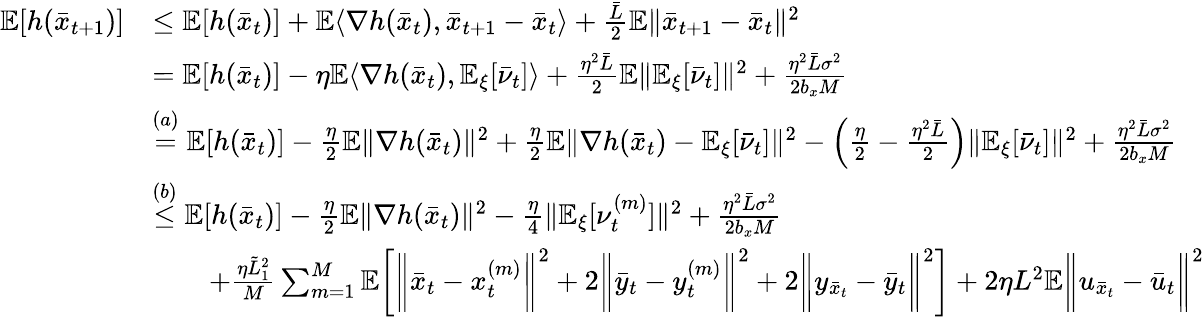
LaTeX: \begin{array}{rl}{\mathbb{E}[h(\bar{x}_{t+1})]}&{\leq\mathbb{E}[h(\bar{x}_{t})]+\mathbb{E}\langle\nabla h(\bar{x}_{t}),\bar{x}_{t+1}-\bar{x}_{t}\rangle+\frac{\bar{L}}{2}\mathbb{E}\| \bar{x}_{t+1}-\bar{x}_{t}\| ^{2}}\\ &{=\mathbb{E}[h(\bar{x}_{t})]-\eta\mathbb{E}\langle\nabla h(\bar{x}_{t}),\mathbb{E}_{\xi}[\bar{\nu}_{t}]\rangle+\frac{\eta^{2}\bar{L}}{2}\mathbb{E}\| \mathbb{E}_{\xi}[\bar{\nu}_{t}]\| ^{2}+\frac{\eta^{2}\bar{L}\sigma^{2}}{2b_{x}M}}\\ &{\overset{(a)}{=}\mathbb{E}[h(\bar{x}_{t})]-\frac{\eta}{2}\mathbb{E}\| \nabla h(\bar{x}_{t})\| ^{2}+\frac{\eta}{2}\mathbb{E}\| \nabla h(\bar{x}_{t})-\mathbb{E}_{\xi}[\bar{\nu}_{t}]\| ^{2}-\left(\frac{\eta}{2}-\frac{\eta^{2}\bar{L}}{2}\right)\| \mathbb{E}_{\xi}[\bar{\nu}_{t}]\| ^{2}+\frac{\eta^{2}\bar{L}\sigma^{2}}{2b_{x}M}}\\ &{\overset{(b)}{\leq}\mathbb{E}[h(\bar{x}_{t})]-\frac{\eta}{2}\mathbb{E}\| \nabla h(\bar{x}_{t})\| ^{2}-\frac{\eta}{4}\| \mathbb{E}_{\xi}[\nu_{t}^{(m)}]\| ^{2}+\frac{\eta^{2}\bar{L}\sigma^{2}}{2b_{x}M}}\\ &{\qquad+\frac{\eta\tilde{L}_{1}^{2}}{M}\sum_{m=1}^{M}\mathbb{E}\bigg[\bigg\| \bar{x}_{t}-x_{t}^{(m)}\bigg\| ^{2}+2\bigg\| \bar{y}_{t}-y_{t}^{(m)}\bigg\| ^{2}+2\bigg\| y_{\bar{x}_{t}}-\bar{y}_{t}\bigg\| ^{2}\bigg]+2\eta L^{2}\mathbb{E}\bigg\| u_{\bar{x}_{t}}-\bar{u}_{t}\bigg\| ^{2}}\end{array}